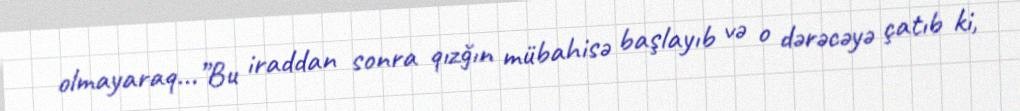
olmayaraq...”Bu iraddan sonra qızğın mübahisə başlayıb və o dərəcəyə çatıb ki,